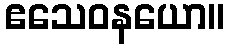
ဧသေဝနယော။